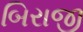
બિરાજી